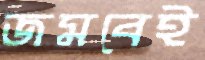
জমবেই